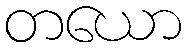
တယော